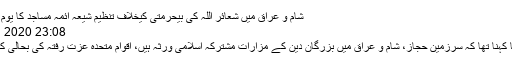
شام و عراق میں شعائر اللہ کی بیحرمتی کیخلاف تنظیم شیعہ آئمہ مساجد کا یوم احتجاج - اسلام ٹائمز
Saturday 6 Jun 2020 23:08
علامہ تصور نقوی کا کہنا تھا کہ سرزمین حجاز، شام و عراق میں بزرگان دین کے مزارات مشترکہ اسلامی ورثہ ہیں، اقوام متحدہ عزت رفتہ کی بحالی کیلئے کردار ادا کرے۔